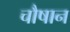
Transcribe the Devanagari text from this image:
चौषान